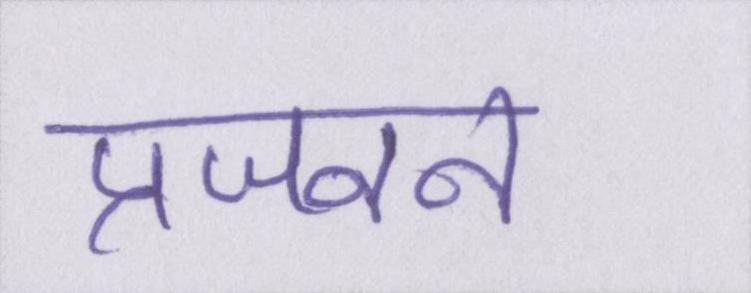
प्रजनन